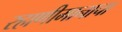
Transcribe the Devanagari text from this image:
रहाणीमानाचा